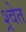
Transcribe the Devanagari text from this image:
श्र्वेत